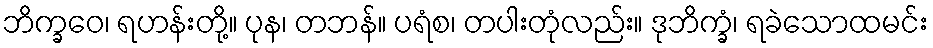
ဘိက္ခဝေ၊ ရဟန်းတို့။ ပုန၊ တဘန်။ ပရံစ၊ တပါးတုံလည်း။ ဒုဘိက္ခံ၊ ရခဲသောထမင်း